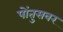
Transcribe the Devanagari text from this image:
पोंतुसवर